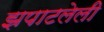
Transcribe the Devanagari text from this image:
झपाटलेली